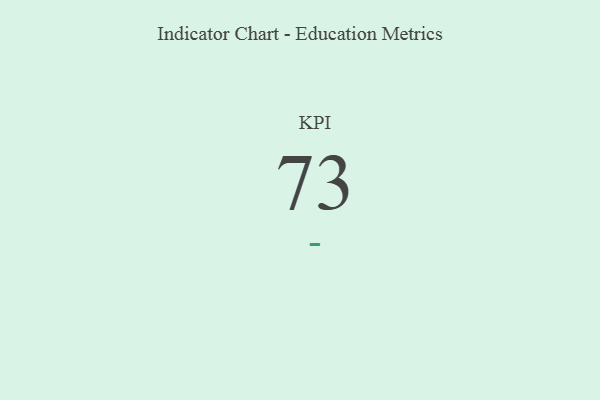
{"axis": {"x": "KPI", "y": "Value"}, "legend": [""], "data": [{"x": "KPI", "y": 73, "type": ""}]}